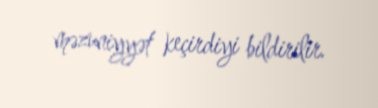
məzuniyyət keçirdiyi bildirilir.